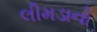
લીમડાનો